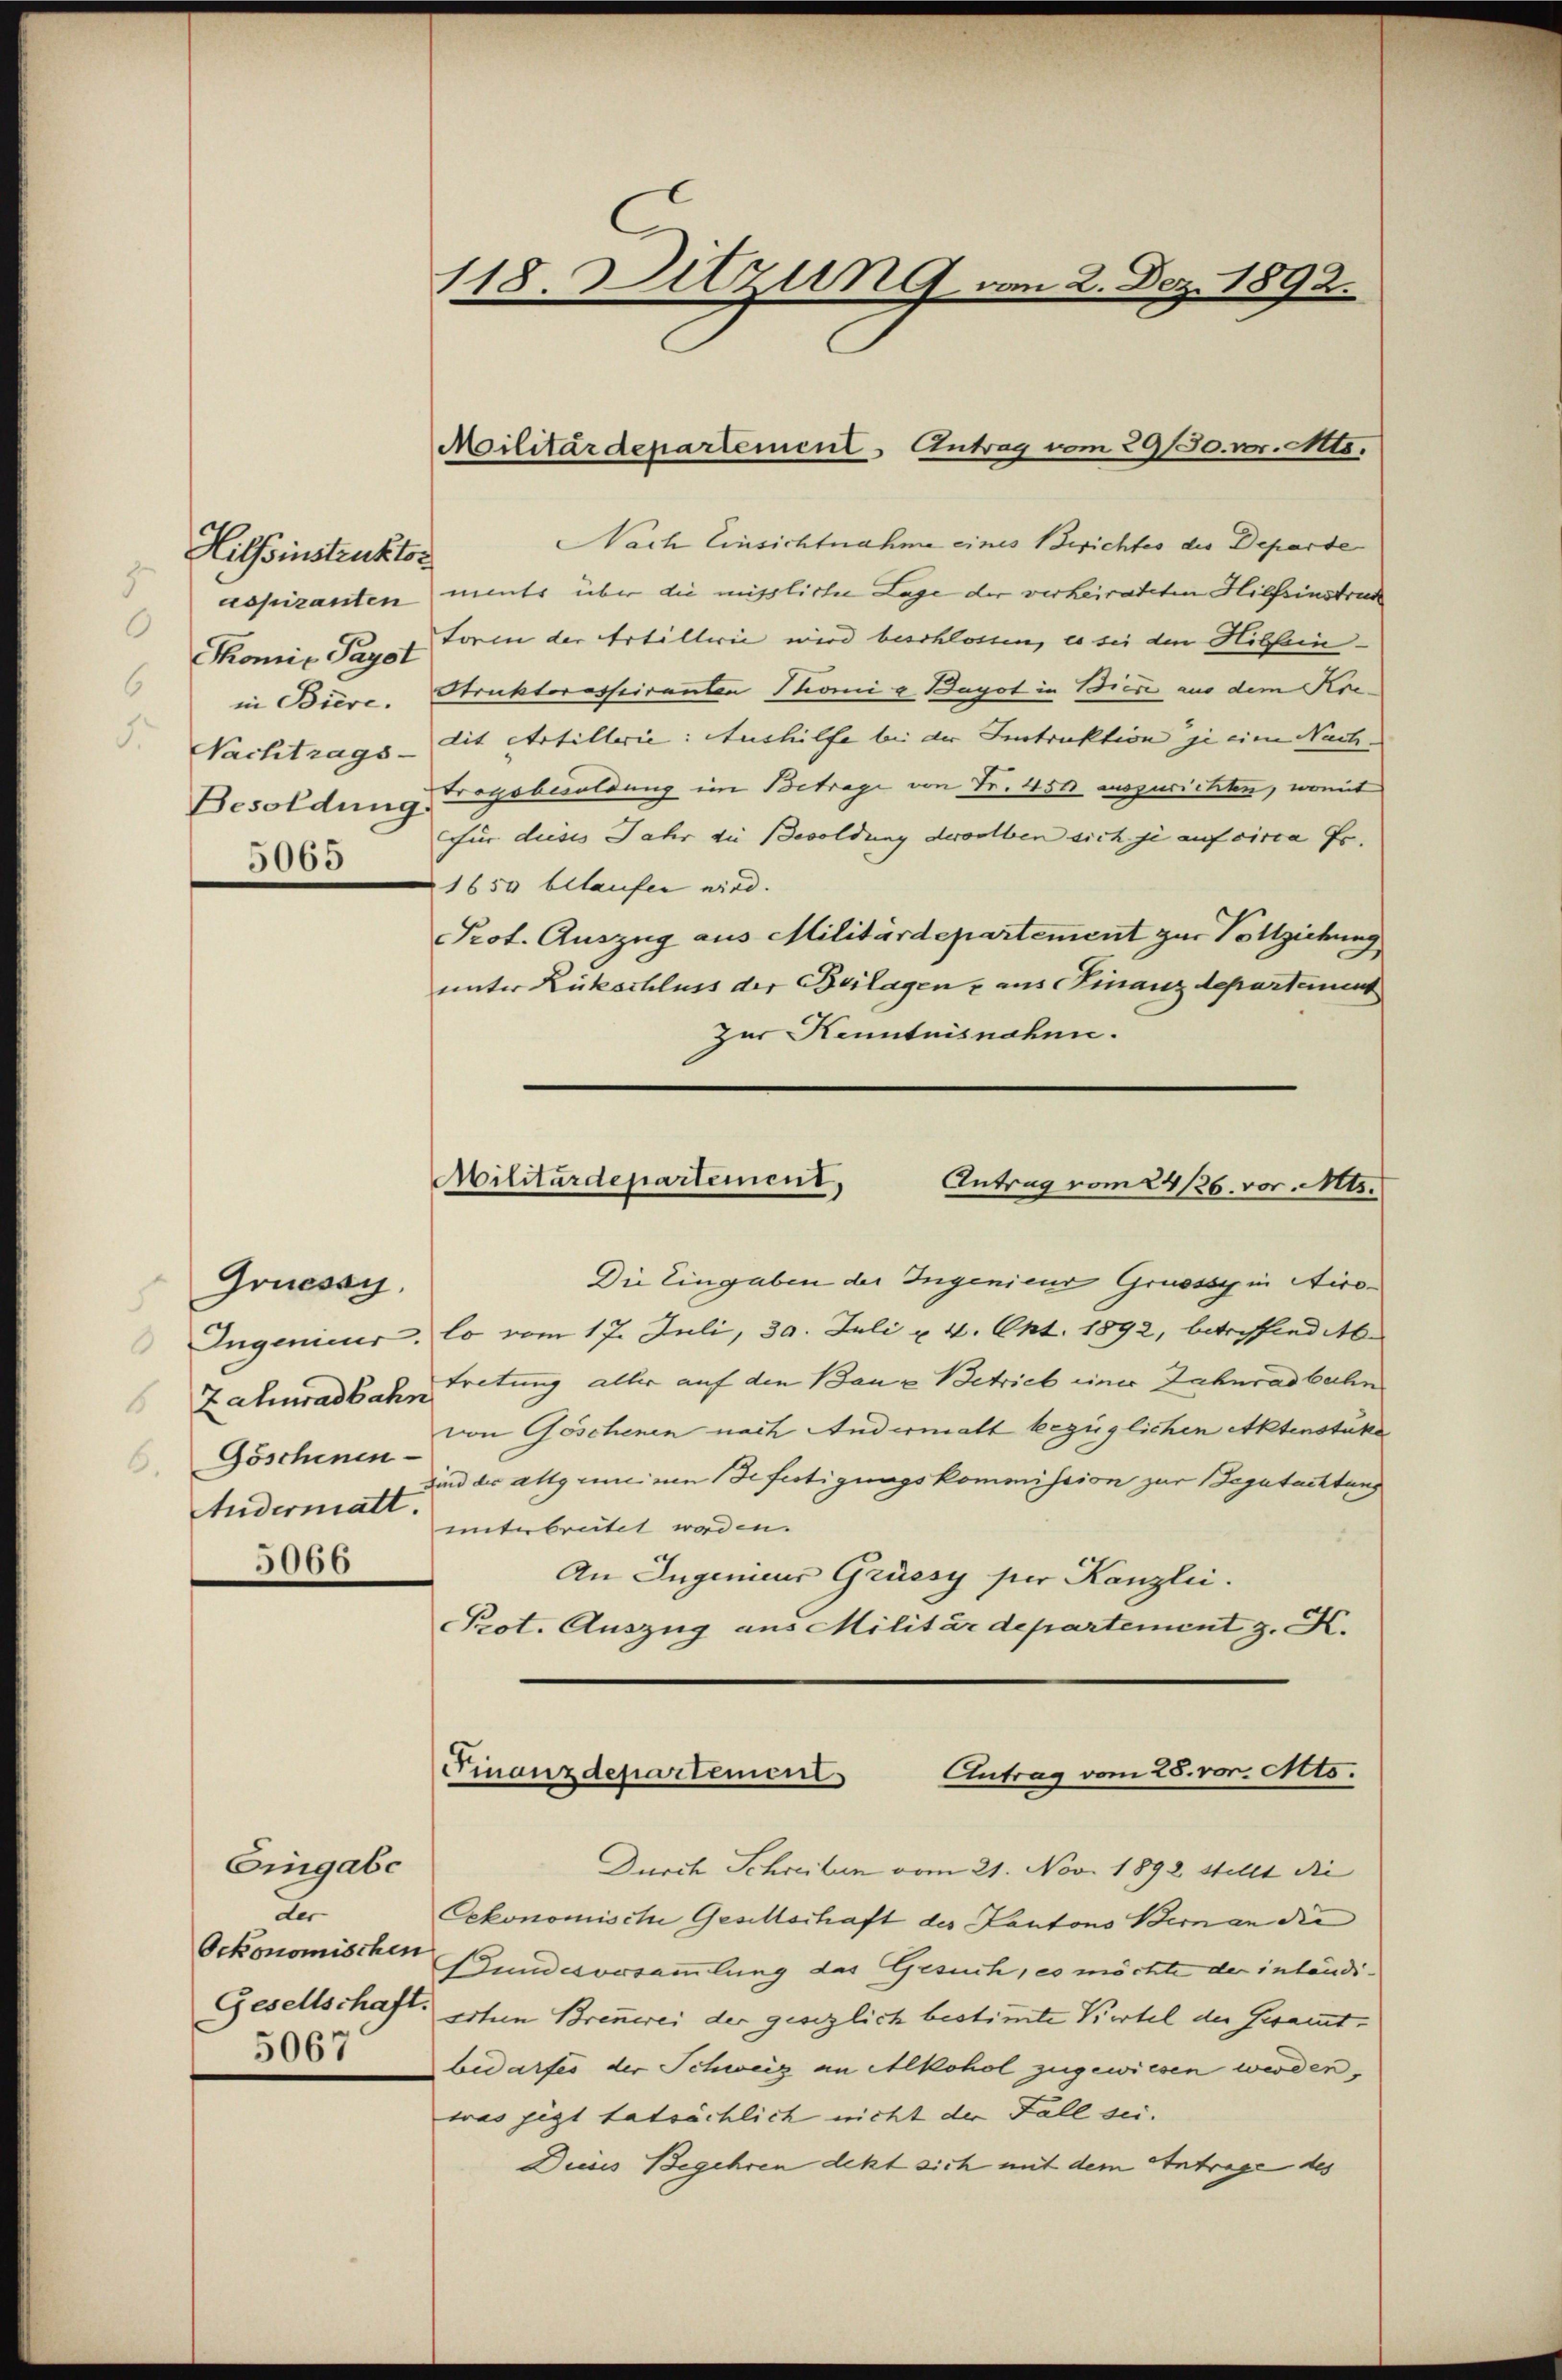
Hilfsinstruktor
5
.
6
Besoldung.
5065

Grussay
Zahuradbahn
Göschenen.
.
Audermatt.
5066

Eingabe
der
5067

118. Sitzung am 2. Dez. 1892.

Militärdepartement - Antrag vom 29/30. v. Mts.
Nach Einsichtnahme eines Berichtes des Departe
espiranten ments über die missliche Lage der verheirateten Hilfsinstruc
Skomis Papst Form der Artillerie wird beschlossen, es sei den Hilfeinin Biere. Struktoressiranten Stoni u. Bayot in Biere aus dem Kre
Nachtrags-Dit Artillerie: Aushilfe bei der Instruktion je eine Nach-
Tragsbesoldung im Betrage von Fr. 451 auszurichten, womit
Für dieses Jahr die Besoldung derselben sich je auf circa Fr.
1650 belaufer wird.
Prot. Auszug aus Militärdepartement zur Vollziehung
unter Rückschluss der Beilagen, aus Finanzdepartement
zur Kenntnisnahen.

Militärdepartement,
Antrag vom 24/26. vor. Mts.

Die Eingaben der Ingenieur Grusssy in Nico¬
Ingenieur, lo vom 17. Juli, 30. Juli u. 4. Okt. 1892, betreffend i
tretung aller auf den Bauz Betrieb einer Zahnradbahn
von Göschenen nach Andermatt bezüglichen Aktenstüke
sind der allgemeinen Gefertigungskommission zur Begutachtung
miterbreitet worden.
An Ingenieur Grüesy per Kanzlii.
Prot. Auszug aus Militärdepartement z. K.

Antrag vom 28. vor. Mts.
Finanzdepartement

Durch Schreiben vom 21. Nov. 1892 stellt die
Cekonomische Gesellschaft des Kantons Bern an die
Oekonomischen Gundesversammlung das Gesuch, es möchte der inländi-
Gesellschaft. Schen Brennerei der gesezlich bestimmte Viertel der Gesammtbedarfes der Schweig an Alkohol zugewiesen werden,
was jezt tatsächlich nicht der Fall sei.
Diens Begehren dekt sich mit dem Antrage des